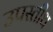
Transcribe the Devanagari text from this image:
उपस्तीथ